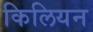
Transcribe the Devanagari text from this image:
किलियन